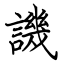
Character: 譏